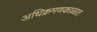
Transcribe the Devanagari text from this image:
अधिक्रमणकाळात